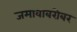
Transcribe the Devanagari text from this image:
जमावाबरोबर